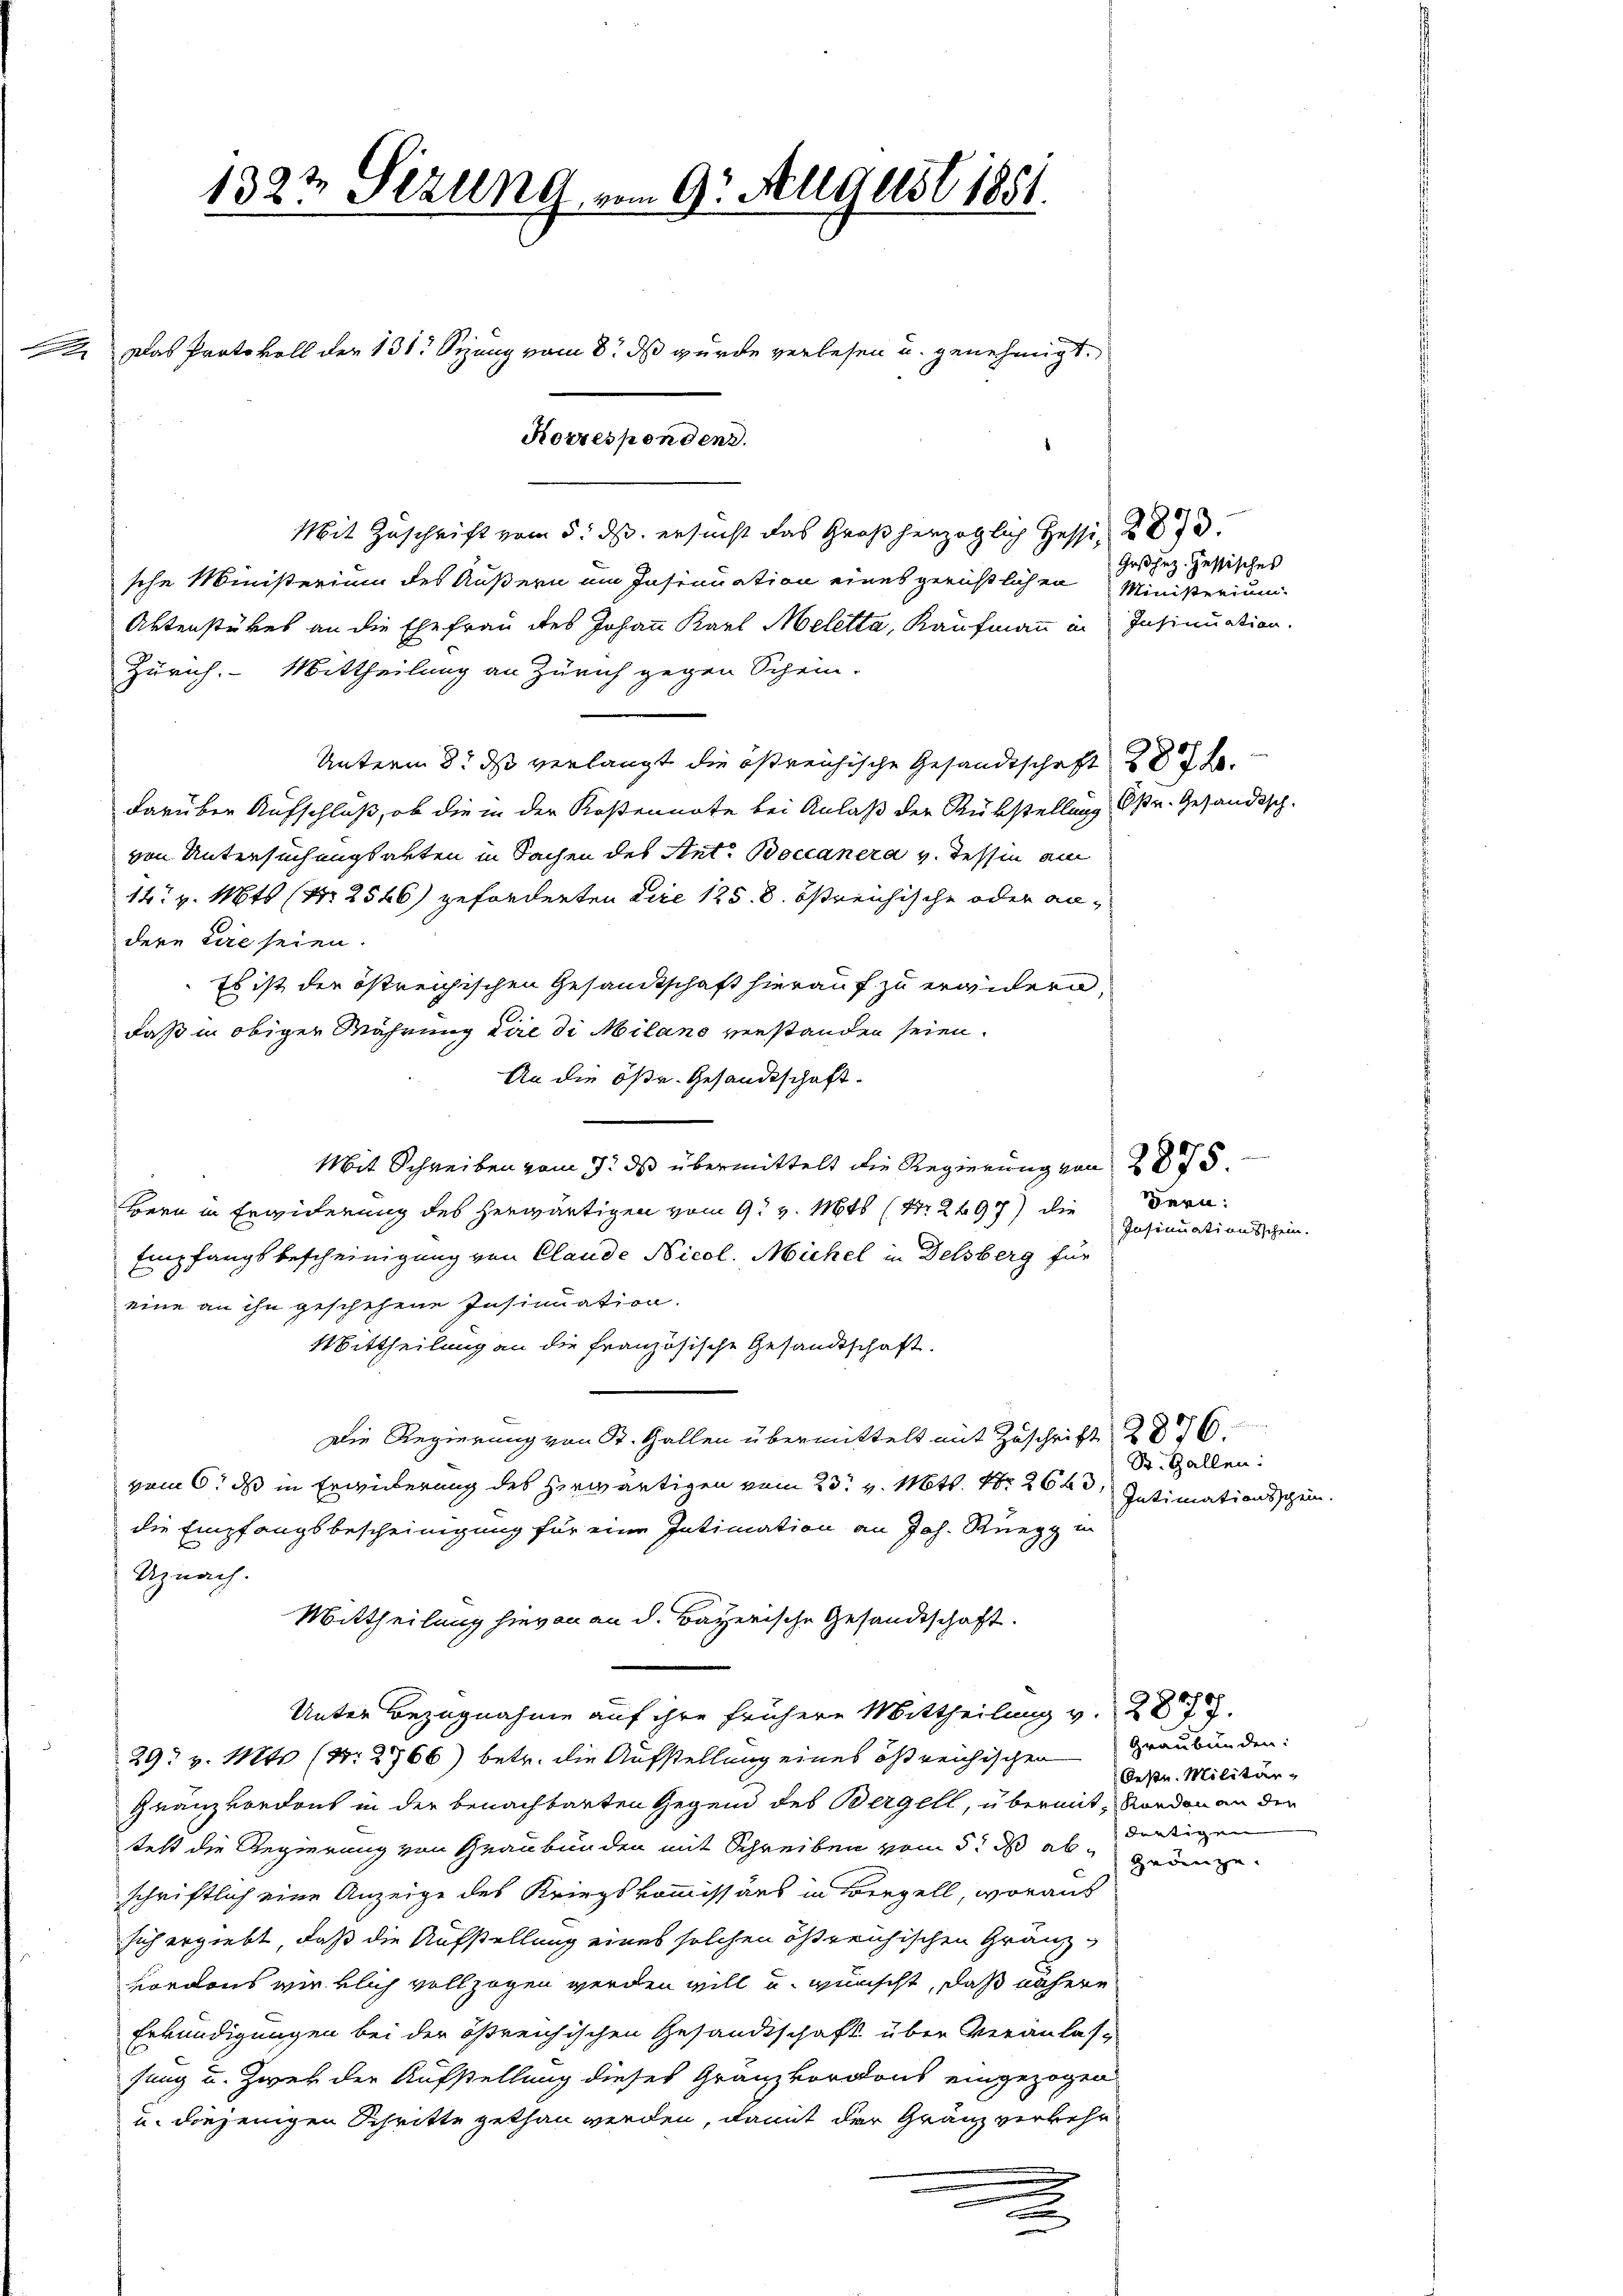
1322 Sezung vom 9. August 1881.

Das Protokoll der 131. Seung vom 8. ds wurde verlesen u. genehmigt.

Korrespondenz.

Mit Zuschrift vom 5. ds. ersucht das Großherzoglich Hesse, 287.
sche Ministerium des Äußern um Insinuation eines gerichtlichen Ministerium
Aktenstückes an die Ehefrau des Johann Karl Meletta, Kaufmann in Insinuation.
Zürich. Mittheilung an Zürich gegen Schein-
Unterm 8. ds verlangt die östreichische Gesandtschaft 287 f.
darüber Aufschluß, ob die in der Kostennote bei Anlaß der Rükstellung Opr. Gesandtsch-
von Untersuchungsakten in Sachen des Ant. Boccanera v. Tessin am
14 v. Mts (Nr. 2546) geforderten Die 125. 8. östreichische oder andere Lire seien.
Es ist der östreichischen Gesandtschaft hierauf zu erwidern,
daß in obiger Währung dire di Milano verstanden seien.
An die öste. Gesandtschaft.
Mit Schreiben vom 9. ds übermittelt die Regierung von 2875.
Bern in Erwiderung des herwärtigen vom 9. v. Mts (S. 2497) die Bern
Empfangsbescheinigung von Claude Nicol. Michel in Delsberg für
eine an ihn geschehene Insinuation.
Mittheilung an die französische Gesandtschaft.
Die Regierung von St. Gallen übermittelt mit Zuschrift 2876
vom 6. ds in Erwiederung des herwärtigen vom 23. v. Mtt. Nr. 2623,
die Empfangsbescheinigung für eine Intimation an Joh. Rüegg in
Uznach.
Mittheilung hievon an d. Bayerische Gesandtschaft.
Unter Bezugnahme auf ihre frühere Mittheilung v. 287.
29. v. Mts. (N. 2766) betr. die Aufstellung eines östreichischen Graubünden:
Granzvordons in der benachbarten Gegend des Bergell, übermit, Randen an den
teht die Regierung von Graubünden mit Schreiben vom 5. ds ab. geänge
schriftlich eine Anzeige des Kriegskommissärs in Bergell, worauf
sich ergiebt, daß die Aufstellung eines solchen östreichischen Gränzvordons wirklich vollzogen werden will u. wünscht, daß nähere
Erkundigungen bei der östreichischen Gesandtschaft über Veranlassung u. Zwek der Aufstellung dieses Gränzkordons eingezogen
u. diejenigen Schritte gethan werden, damit der Gränz verkehr
u
n

Grßhez-Zessisches

Insinuationsschein.

St. Gallen:
Intimationsschein.

Oesu. Militär-
dartigen